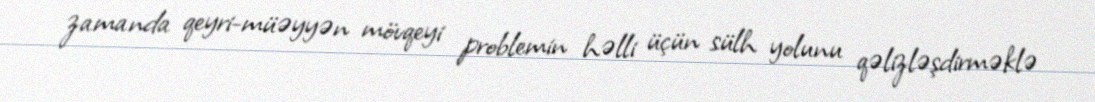
zamanda qeyri-müəyyən mövqeyi problemin həlli üçün sülh yolunu qəlizləşdirməklə